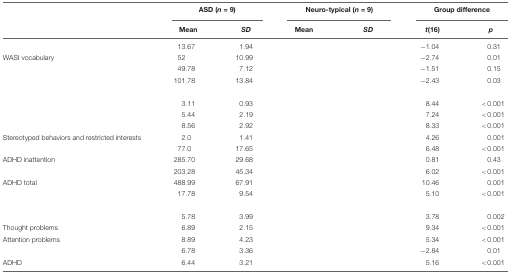
<table><thead><tr><td>[EMPTY_CELL]</td><td colspan="2"><b>ASD (<i>n</i> = 9)</b></td><td colspan="2"><b>Neuro-typical (<i>n</i> = 9)</b></td><td colspan="2"><b>Group difference</b></td></tr><tr><td>[EMPTY_CELL]</td><td><b>Mean</b></td><td><b><i>SD</i></b></td><td><b>Mean</b></td><td><b><i>SD</i></b></td><td><b><i>t</i>(16)</b></td><td><b><i>p</i></b></td></tr></thead><tbody><tr><td>[EMPTY_CELL]</td><td>13.67</td><td>1.94</td><td>[EMPTY_CELL]</td><td>[EMPTY_CELL]</td><td>-1.04</td><td>0.31</td></tr><tr><td>WASI vocabulary</td><td>52</td><td>10.99</td><td>[EMPTY_CELL]</td><td>[EMPTY_CELL]</td><td>-2.74</td><td>0.01</td></tr><tr><td>[EMPTY_CELL]</td><td>49.78</td><td>7.12</td><td>[EMPTY_CELL]</td><td>[EMPTY_CELL]</td><td>-1.51</td><td>0.15</td></tr><tr><td>[EMPTY_CELL]</td><td>101.78</td><td>13.84</td><td>[EMPTY_CELL]</td><td>[EMPTY_CELL]</td><td>-2.43</td><td>0.03</td></tr><tr><td colspan="6">[EMPTY_CELL]</td></tr><tr><td>[EMPTY_CELL]</td><td>3.11</td><td>0.93</td><td>[EMPTY_CELL]</td><td>[EMPTY_CELL]</td><td>8.44</td><td>&lt;0.001</td></tr><tr><td>[EMPTY_CELL]</td><td>5.44</td><td>2.19</td><td>[EMPTY_CELL]</td><td>[EMPTY_CELL]</td><td>7.24</td><td>&lt;0.001</td></tr><tr><td>[EMPTY_CELL]</td><td>8.56</td><td>2.92</td><td>[EMPTY_CELL]</td><td>[EMPTY_CELL]</td><td>8.33</td><td>&lt;0.001</td></tr><tr><td>Stereotyped behaviors and restricted interests</td><td>2.0</td><td>1.41</td><td>[EMPTY_CELL]</td><td>[EMPTY_CELL]</td><td>4.26</td><td>0.001</td></tr><tr><td>[EMPTY_CELL]</td><td>77.0</td><td>17.65</td><td>[EMPTY_CELL]</td><td>[EMPTY_CELL]</td><td>6.48</td><td>&lt;0.001</td></tr><tr><td>ADHD inattention</td><td>285.70</td><td>29.68</td><td>[EMPTY_CELL]</td><td>[EMPTY_CELL]</td><td>0.81</td><td>0.43</td></tr><tr><td>[EMPTY_CELL]</td><td>203.28</td><td>45.34</td><td>[EMPTY_CELL]</td><td>[EMPTY_CELL]</td><td>6.02</td><td>&lt;0.001</td></tr><tr><td>ADHD total</td><td>488.99</td><td>67.91</td><td>[EMPTY_CELL]</td><td>[EMPTY_CELL]</td><td>10.46</td><td>0.001</td></tr><tr><td>[EMPTY_CELL]</td><td>17.78</td><td>9.54</td><td>[EMPTY_CELL]</td><td>[EMPTY_CELL]</td><td>5.10</td><td>&lt;0.001</td></tr><tr><td colspan="6">[EMPTY_CELL]</td></tr><tr><td>[EMPTY_CELL]</td><td>5.78</td><td>3.99</td><td>[EMPTY_CELL]</td><td>[EMPTY_CELL]</td><td>3.78</td><td>0.002</td></tr><tr><td>Thought problems</td><td>6.89</td><td>2.15</td><td>[EMPTY_CELL]</td><td>[EMPTY_CELL]</td><td>9.34</td><td>&lt;0.001</td></tr><tr><td>Attention problems</td><td>8.89</td><td>4.23</td><td>[EMPTY_CELL]</td><td>[EMPTY_CELL]</td><td>5.34</td><td>&lt;0.001</td></tr><tr><td>[EMPTY_CELL]</td><td>6.78</td><td>3.36</td><td>[EMPTY_CELL]</td><td>[EMPTY_CELL]</td><td>-2.84</td><td>0.01</td></tr><tr><td>ADHD</td><td>6.44</td><td>3.21</td><td>[EMPTY_CELL]</td><td>[EMPTY_CELL]</td><td>5.16</td><td>&lt;0.001</td></tr></tbody></table>